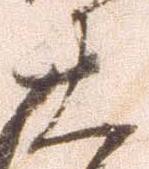
大